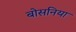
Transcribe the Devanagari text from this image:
बोसनिया